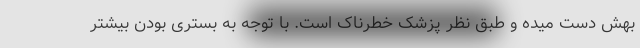
بهش دست میده و طبق نظر پزشک خطرناک است. با توجه به بستری بودن بیشتر